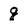
Character: g